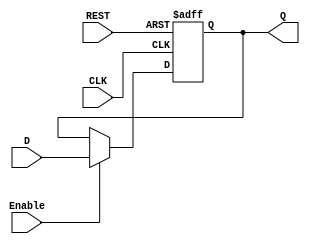
`timescale 1ns / 1ps
//////////////////////////////////////////////////////////////////////////////////
// Company: 
// Engineer: 
// 
// Design Name: 
// Module Name: RESET_DFF
// Project Name: 
// Target Devices: 
// Tool Versions: 
// Description: 
// 
// Dependencies: 
// 
// Revision:
// Revision 0.01 - File Created
// Additional Comments:
// 
//////////////////////////////////////////////////////////////////////////////////


module RESET_DFF(Q, D, CLK, Enable, REST);

	output reg Q;
	input D, CLK, Enable,REST;

	always @(posedge CLK or posedge REST) begin
		if(REST)
			Q <= 1'b0;
		else if(Enable)
			Q <= D;
	end	

endmodule